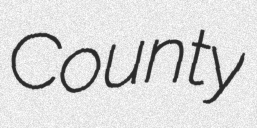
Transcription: County